Vaccination in the Punjab 1919-1929 - 1919-1929
Year: 1919
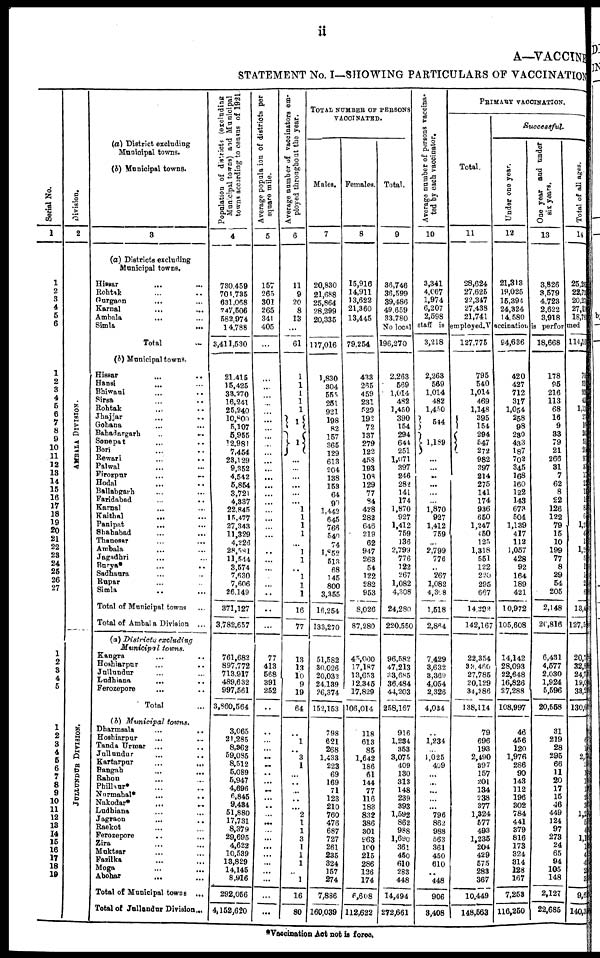
ii
A—VACCINE
STATEMENT No. I—SHOWING PARTICULARS OF VACCINATION
Serial No.
1
1
2
3
4
5
6
1
2
3
4
5
6 7
8
9
10 11
12
13
14
15
16
17
18
19
20
21
22
23
24
25
26
27
1
2
3
4
5
1
2
3
4
5
6
7
8 9
10
11
12
13
14
15
16
17
18
19
Division.
2
AMB AL A DI VI SI ON.
JULLUNDUR DIVISION.
(a) District excluding
Municipal towns.
(b) Municipal towns.
3
(a) Districts excluding
Municipal towns.
Hissar ... ...
Rohtak ... ...
Gurgaon
...
...
Karnal ... ...
Ambala ... ...
Simla
...
...
Total ...
(b) Municipal towns.
Hissar ... ...
Hansi ... ...
Bhiwani ... ...
Sirsa ... ...
Rohtak ... ...
Jhajjar ... ...
Gohana ... ...
Bahadargarh
...
...
Sonepat ... ...
Beri ... ...
Rewari ... ...
Palwal ... ...
Firozpur ... ...
Hodal ... ...
Ballabgarh ... ...
Faridabad ... ...
Karnal ... ...
Kaithal ... ...
Panipat ... ...
Shahabad ... ...
Thanesar
...
...
Ambala ... ...
Jagadhri ... ...
Burya* ... ...
Sadhaura ... ...
Rupar ... ...
Simla ... ...
Total of Municipal towns ...
Total of Ambala Division
...
(a) Districts excluding
Municipal towns.
Kangra ... ...
Hoshiarpur ... ...
Jullundur ... ...
Ludhiana ... ...
Ferozepore ... ...
Total ...
(b) Municipal towns.
Dharmsala ... ...
Hoshiarpur ... ...
Tanda Urmar ... ...
Jullundur ... ...
Kartarpur
...
...
Bangah ... ...
Rahon ... ...
Phillaur* ... ...
Nurmahal* ... ...
Nakodar* ... ...
Ludhiana ... ...
Jagraon ... ...
Raekot ... ...
Ferozepore ... ...
Zira ... ...
Muktsar ... ...
Fazilka ... ...
Moga ... ...
Abohar ... ...
Total of Municipal Towns
...
Total of Jullundur Division ...
Population of districts (excluding
Municipal towns) and Municipal
towns according to census of 1921.
4
730,459
701,735
631,068
747,506
582,974
14,788
3,411,530
21,415
15,425
33,270
16,241
25,240
10,800
5,107
5,955
12,981
7,454
23,129
9,352
4,542
5,854
3,721
4,337
22,845
15,477
27,343
11,329
4,226
28,581
11,544
3,574
7,630
7,606
26,149
371,127
3,782,657
761,682
897,772
713,917
489,632
997,561
3,860,564
3,065
21,285
8,362
59,085
8,512
5,089
5,947
4,696
6,845
9,484
51,880
17,731
8,379
29,695
4,622
10,539
13,829
14,145
8,916
292,056
4,152,620
Average population of districts per
square mile.
5
157
265
301
265
341
405
...
...
...
...
...
...
...
...
...
...
...
...
...
...
...
...
...
...
...
...
...
...
...
...
... ...
...
...
...
...
77
413
568
391
252
...
...
...
...
...
...
...
...
...
...
...
...
...
...
...
...
...
...
...
...
...
...
Average number of vaccinators em-
ployed throughout the year.
6
11
9
20
8
13
...
61
1
1
1
1
1
1
1
...
...
...
...
...
...
1
1
1
1
...
1
1
...
1
1
1
16
77
13
13
10
9
19
64
...
1 ...
3
1
...
...
...
... ...
2
1
1
3
1
1
1
...
1
16
80
TOTAL NUMBER OF PERSONS
VACCINATED.
Males.
7
20,830
21,688
25,864
28,299
20,335
...
117,016
1,830
304
555
251
921
198
82
157
365
129
613
204
138
153
64
90
1,442
645
766
540
74
1,852
513
68
145
800
3,355
16,254
133,270
51,582
30,026
20,032
24,139
26,374
152,153
798
621
268
1,433
223
69
169
71
123
210
760
476
687
727
261
235
324
157
274
7,886
160,039
Females.
8
15,916
14,911
13,622
21,360
13,445
...
79,254
433
265
459
231
529
192
72
137
279
122
458
193
108
129
77
84
428
282
646
219
62
947
263
54
122
282
953
8,026
87,280
45,000
17,187
13,653
12,345
17,829
106,014
118
613 85
1,642
186
61
144
77
116 183
832
386
301
963
100
215
286
126
174
6,608
112,622
Total.
9
36,746
36,599
39,486
49,659
33,780
Average number of persons vaccina-
ted by each vaccinator.
10
3,341
4,067
1,974
6,207
2,598
PRIMARY VACCINATION.
Total.
11
28,624
27,625
22,347
27,438
21,741
Successful.
Under one year.
12
21,313
19,025
15,394
24,324
14,580
One year and under
six years.
13
3,826
3,579
4,723
2,622
3,918
Total of all ages.
14
25,26
22,73
20,27
27,11
18,78
No local staff is employed.Vaccination is performed.
196,270
2,263
569
1,014
482
1,450
390
154
294
644
251
1,071
397
246
282
141
174
1,870
927
1,412
759
136
2,799
776
122
267
1,082
4,308
24,280
220,550
96,582
47,213
33,685
36,484
44,203
258,167
916
1,234
353
3,075
409
130
313
148
239
393
1,592 862
988
1,690
361
450
610 283
448
14,494
272,661
3,218
2,263
569
1,014
482
1,450
544
1,189
...
...
...
...
1,870
927
1,412
759
2,799
776
267
1,082
4,308
1,518
2,864
7,429
3,632
3,369
4,054
2,826
4,034
...
1,234
...
1,025
409
...
...
... ...
...
796
862
988
563
361 450
610
...
448
906
3,408
127,775
795
540
1,014
469
1,148
395
154
294
547 272
982
397
214
275
141
174
936
650
1,247
450
125
1,318
551
122
220
295
667
14,392
142,167
22,354
33,460
27,785
20,129
34,386
138,114
79
696
193
2,490
397
157
201
134
238
377
1,324 577
493
1,235
204
429
575
283
367
10,449
148,563
94,636
420
427
712
317
1,054
258
98
230
433
187
702
345
168
160
122
143
673
504
1,139
417
112
1,057
428
92
164
189
421
10,972
105,608
14,142
28,093
22,648
16,826
27,288
108,997
46
456
120
1,976
286
90
143
112
196
302
784
441
379
816
173
324
314
128
167
7,253
116,250
18,668
178
95
216
113
68
16
9
33
79
21
266
31
7
62
8
22
126
122
79
15
10
199
77
8
29
54
205
2,148
20,816
6,431
4,577
2,030
1,924
5,596
20,558
31
219
28
295
66
11
20
17
15
46
449
124
97
273
24
65
94
105
148
2,127
22,685
114,16
70
52
93
43
1,13
27
10
25
51
20
9
37
10
2
1
1
8
6
1,2
4
1
1,2
5
1
1
2
6
13,4
127,5
20,7
32,8
24,7
19,0
38,2
130,6
...
0
1
2,3
...
1
1
1
2
3
1,2
5
4
1,1
1
4
4
2
3
9,6
140,3
*Vaccination Act not is force.